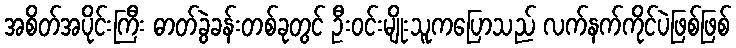
အစိတ်အပိုင်းကြီး ဓာတ်ခွဲခန်းတစ်ခုတွင် ဦးဝင်းမျိုးသူကပြောသည် လက်နက်ကိုင်ပဲဖြစ်ဖြစ်